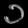
Digit: ၁